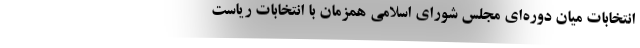
انتخابات میان دوره‌ای مجلس شورای اسلامی همزمان با انتخابات ریاست